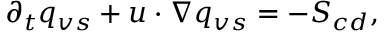
\partial _ { t } q _ { v s } + u \cdot \nabla q _ { v s } = - S _ { c d } ,